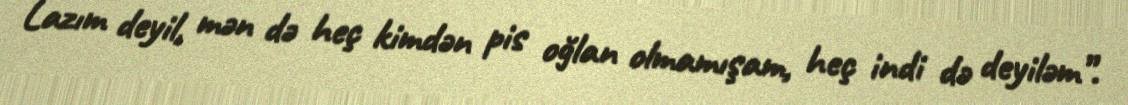
Lazım deyil, mən də heç kimdən pis oğlan olmamışam, heç indi də deyiləm”.